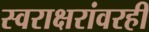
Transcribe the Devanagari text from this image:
स्वराक्षरांवरही